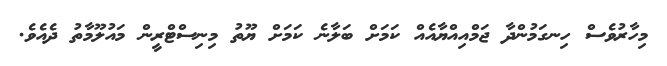
މިހާރުވެސް ހިނގަމުންދާ ޖަމްއިއްޔާއެއް ކަމަށް ބަލާނެ ކަމަށް ޔޫތު މިނިސްޓްރީން މައުލޫމާތު ދެއެވެ.